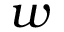
w